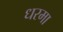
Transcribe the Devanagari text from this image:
धरमा